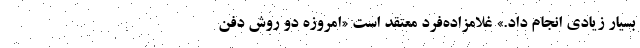
بسیار زیادی انجام داد.» غلامزاده‌فرد معتقد است «امروزه دو روش دفن